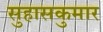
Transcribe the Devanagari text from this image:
सुहासकुमार